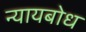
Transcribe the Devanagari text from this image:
न्यायबोध